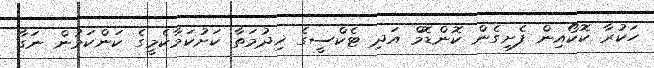
ހަކުރާ ކޮކޯއިން ފެށިގެން ކޮންޑޮމް އަދި ޓެކްސީގެ ޚިދުމަތާ ކަށުކަމާކެމީގެ ކަންކަމުން ނަގާ